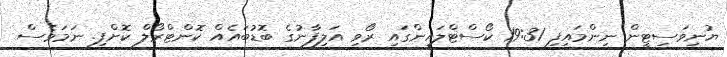
ޔުނިވަސިޓީން ނިންމައިފި 19:31 ކޯސްޓްލައިންގައި ރޯވި އަލިފާނުގެ ބޮޑުބައެއް ކޮންޓްރޯލް ކޮށްފި. ނަމަވެސް